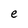
Character: e